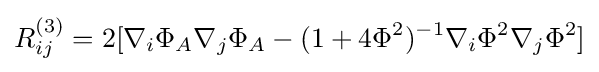
R_{ij}^{(3)}=2[\nabla _{i}\Phi _{A}\nabla _{j}\Phi _{A}-(1+4\Phi ^{2})^{-1}\nabla _{i}\Phi ^{2}\nabla _{j}\Phi ^{2}]